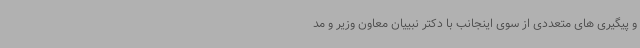
و پیگیری های متعددی از سوی اینجانب با دکتر نبییان معاون وزیر و مد